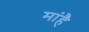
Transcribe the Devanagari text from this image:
मांहै